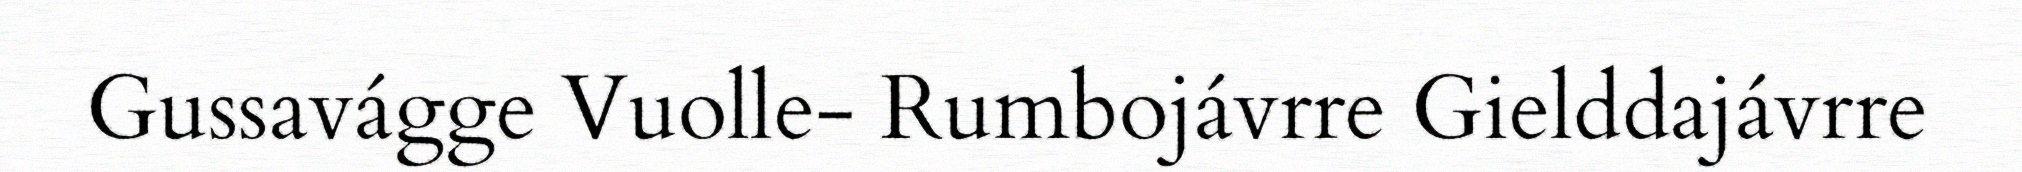
Gussavágge Vuolle- Rumbojávrre Gielddajávrre